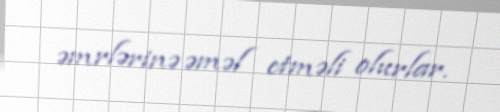
əmrlərinə əməl etməli olurlar.